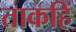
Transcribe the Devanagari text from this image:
ताकहिं